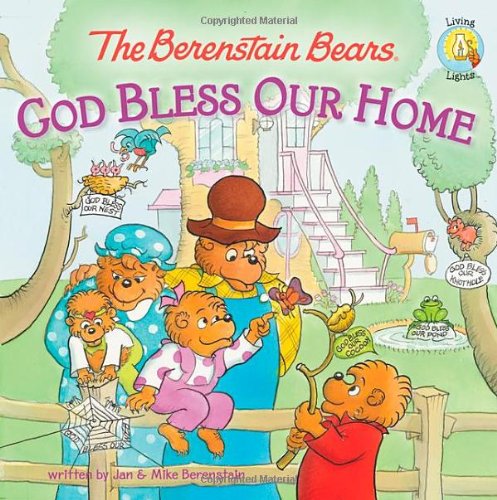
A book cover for The Berenstain Bears: God Bless Our Home (Berenstain Bears/Living Lights); Jan Berenstain; Christian Books & Bibles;